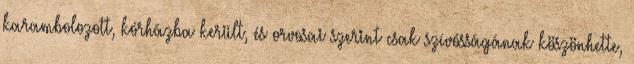
karambolozott, kórházba került, és orvosai szerint csak szívósságának köszönhette,